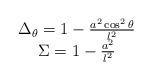
LaTeX: \begin{align*}\begin{array}{c}\Delta _{\theta }=1-\frac{a^{2}\cos ^{2}\theta }{l^{2}} \\ \Sigma =1-\frac{a^{2}}{l^{2}}\end{array}\end{align*}